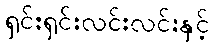
ရှင်းရှင်းလင်းလင်းနှင့်